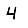
Digit: 4